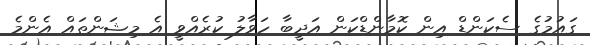
ގައުމުގެ ސެކަންޑް އިން ކޮމާންޑްކަން އަދީބާ ހަވާލު ކުރެއްވީ އެ މިޝަންތައް އެންމެ